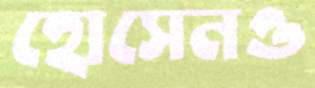
হোসেনও